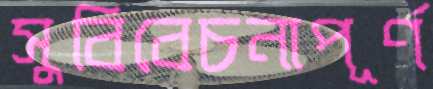
সুবিবেচনাপূর্ণ